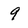
Character: 9